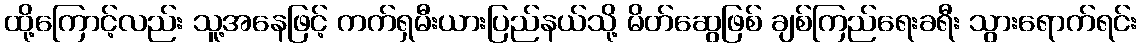
ထို့ကြောင့်လည်း သူ့အနေဖြင့် ကက်ရှမီးယားပြည်နယ်သို့ မိတ်ဆွေဖြစ် ချစ်ကြည်ရေးခရီး သွားရောက်ရင်း